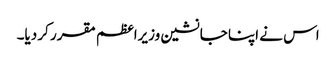
اس نے اپنا جانشین وزیراعظم مقرر کر دیا۔